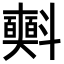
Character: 𣂐